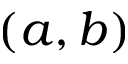
( a , b )